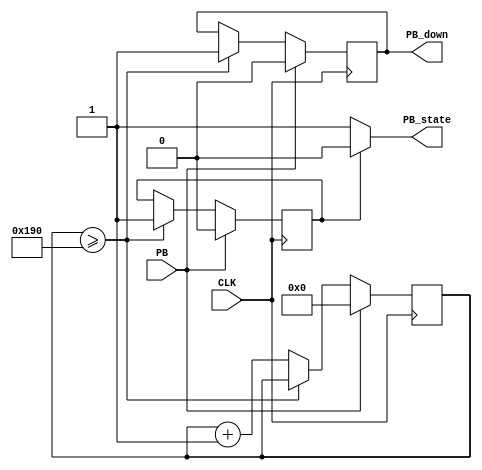
//+FHDR------------------------------------------------------------------------
//Copyright (c) 2013 Latin Group American Integhrated Circuit, Inc. All rights reserved
//GLADIC Open Source RTL
//-----------------------------------------------------------------------------
//FILE NAME	 :
//DEPARTMENT	 : IC Design / Verification
//AUTHORS EMAIL :
//-----------------------------------------------------------------------------
//RELEASE HISTORY
//VERSION DATE AUTHOR DESCRIPTION
//1.0 YYYY-MM-DD name
//-----------------------------------------------------------------------------
//KEYWORDS : General file searching keywords, leave blank if none.
//-----------------------------------------------------------------------------
//PURPOSE  : ECSS_E_ST_50_12C_31_july_2008
//-----------------------------------------------------------------------------
//PARAMETERS
//PARAM NAME		RANGE	: DESCRIPTION : DEFAULT : UNITS
//e.g.DATA_WIDTH	[32,16]	: width of the DATA : 32:
//-----------------------------------------------------------------------------
//REUSE ISSUES
//Reset Strategy	:
//Clock Domains		:
//Critical Timing	:
//Test Features		:
//Asynchronous I/F	:
//Scan Methodology	:
//Instantiations	:
//Synthesizable (y/n)	:
//Other			:
//-FHDR------------------------------------------------------------------------
module debounce_db(
		    input CLK,
		    input PB,  

		    output reg PB_state, 
		    output reg PB_down
		  );

		  reg aux_pb;
		  reg [15:0] counter;
		  //assign PB_state = (counter >= 400)?PB_state:1'b1;
always@(*)
begin

	PB_state = 1'b1;
	
	if(CLK)
	begin
		if(aux_pb)
			PB_state = 1'b0;
	end
	else if(!CLK)
	begin
		if(aux_pb)
			PB_state = 1'b0;
	end
end

always@(posedge CLK)
begin

	if(PB)
	begin
		aux_pb  <= 1'b0;
		counter <= 16'd0;
		PB_down <= 1'b0;
	end
	else
	begin
	
		if(counter >= 400)
		begin
			aux_pb  <= 1'b1;
			PB_down <= 1'b1;
		end
		else 
			counter <= counter + 16'd1;
	
	end


end
		  

endmodule